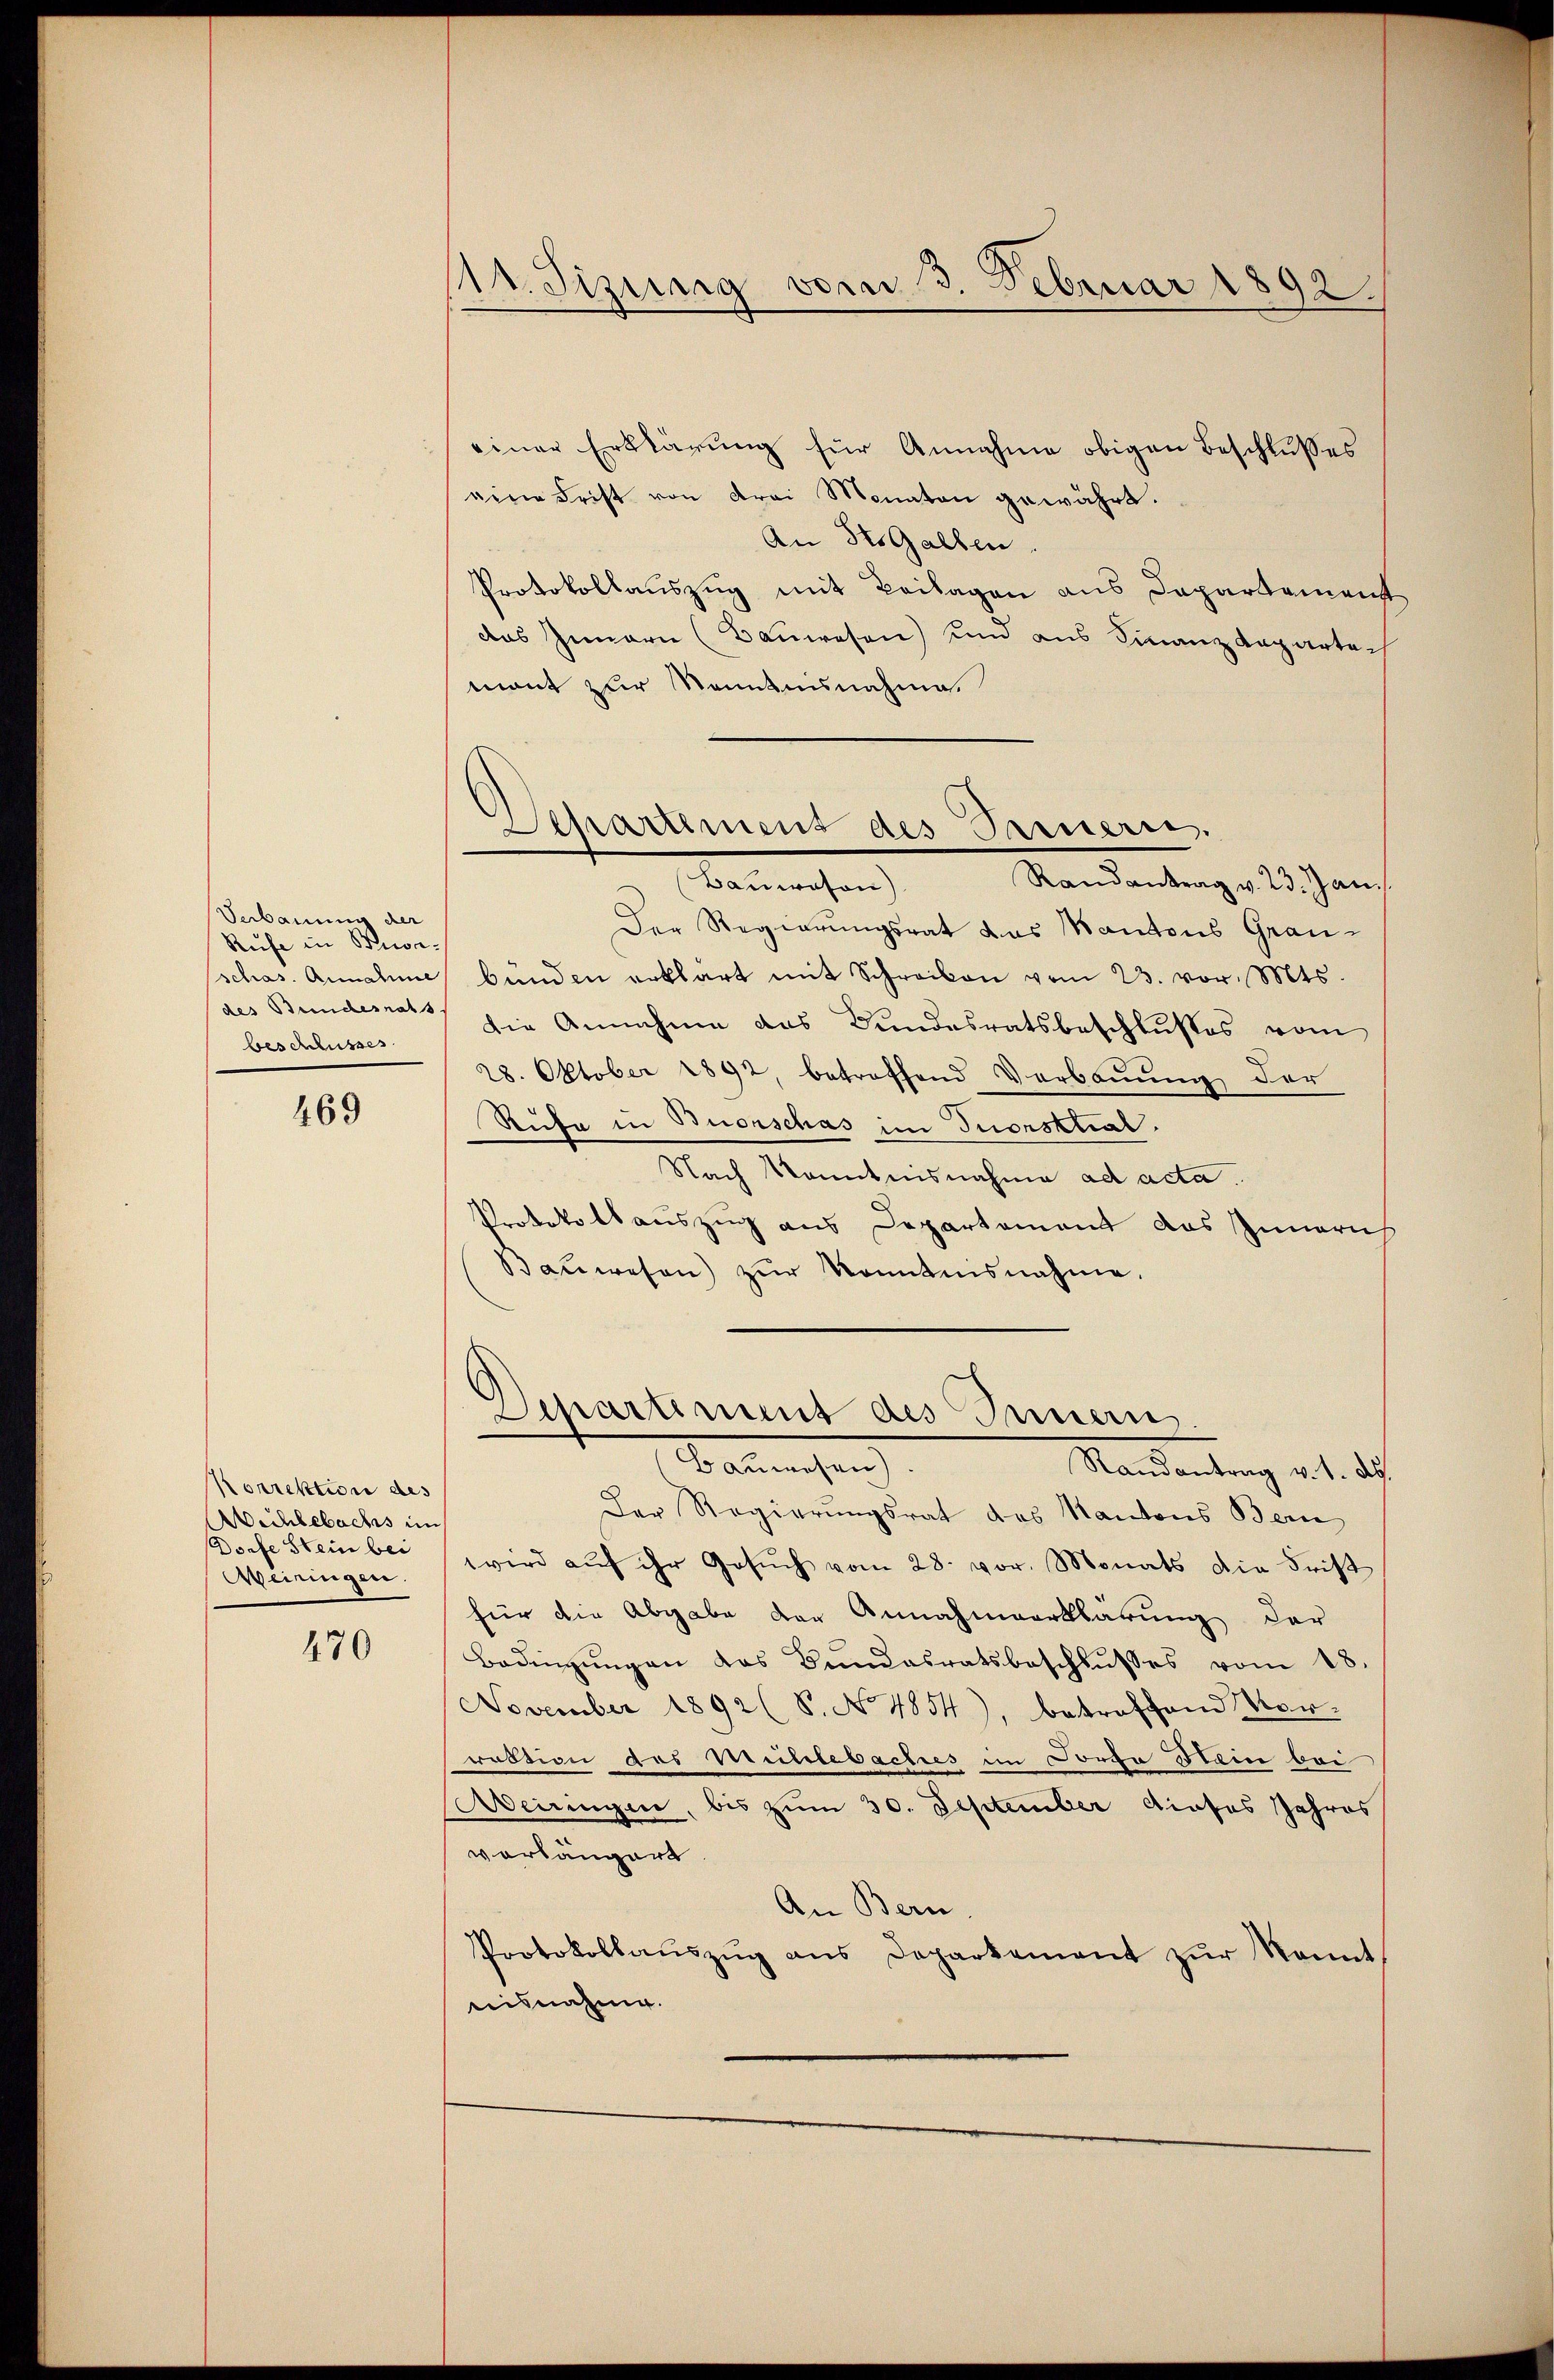
Verbauung der
Rufe in Bise.
des Bundesrats
beschlusses.

469

Norrektion des
Aichlebachs in
Dorfe Stein bei
Weiringen.

470

11. Sizung vom 3. Februar 1892.

einer Erklärung für Annahme obigen Beschlußes
eine Frist von drei Monaten gewährt.
An des Gallen.
Protokollauszug mit Beilagen aus Departement
das Innern (Bauwesen) und aus Finanzdepartemant zur Kenntnisnahme.
Randantrag v. 23. Jan.
 (Bauwesen)
Der Regierungsrat das Kantons Grauschas. Annahme bünden erklärt mit Schreiben vom 23. vor. Mts.
die Annahme das Bundesratsbeschlusses vom
28. Oktober 1892, betreffend Verbauung der
Rufe in Buorschas im Tuorsthal.
Nach Kenntnisnahme ad acta.
Protokollauszug aus Departement das Innerich
Baŭwesen) zŭr Kenntnisnahme.
Departement des Innern,
Baumachen.
Mandantrag d. 1. dah
Der Regierungsrat des Kantons Bern
wird aŭf ihr Gesŭch vom 28. vor. Monats die Frist
für die Abgabe der Annahmeerklärung der
Bedingŭngen das Bundesratsbeschlŭsses vom 18.
November 1892 (S. No 4854), betreffend Vor-
raction des Mühlebaches im Dorta Hain bei
eiringen, bis zum 30. September dieses Jahres
vorlängert
An Bern.
Protokollaŭszŭg ans Departement zŭr konnt
risnahme.

Departement des Innern.